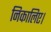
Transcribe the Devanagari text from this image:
निकालिए।